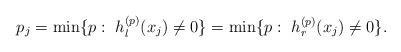
LaTeX: \begin{align*}p_j = \min\{p: ~ h^{(p)}_l(x_j)\not= 0\} = \min\{p: ~ h^{(p)}_r(x_j) \not= 0\}. \end{align*}